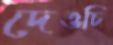
দেওচি